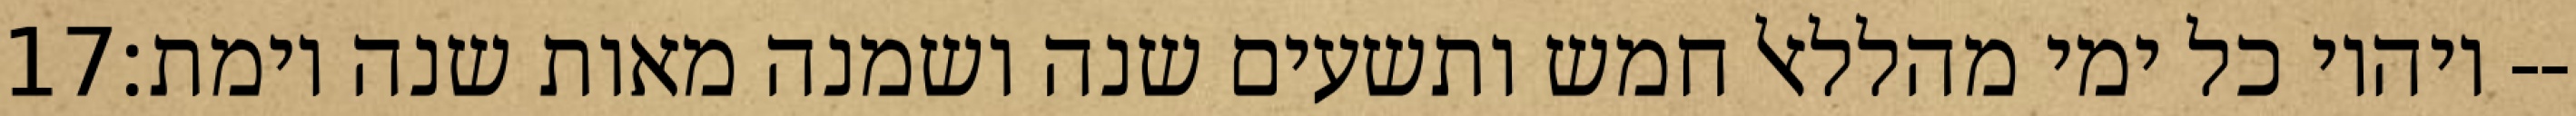
‎17‏ ויהיו כל ימי מהללאל חמש ותשעים שנה ושמנה מאות שנה וימת׃--